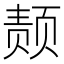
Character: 𫖴